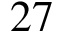
2 7